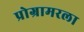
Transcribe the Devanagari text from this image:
प्रोग्रामरला